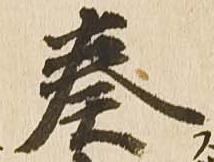
奏